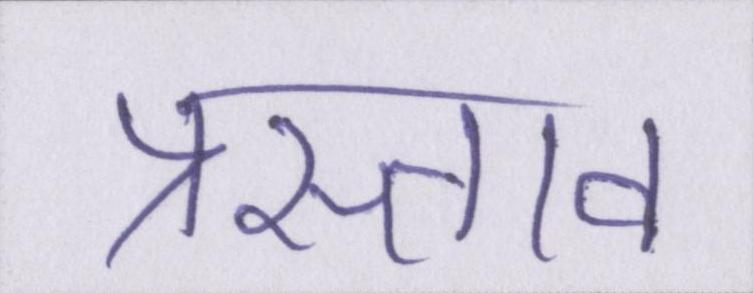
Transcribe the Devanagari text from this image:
प्रस्ताव